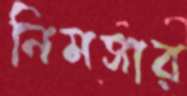
নিমসার